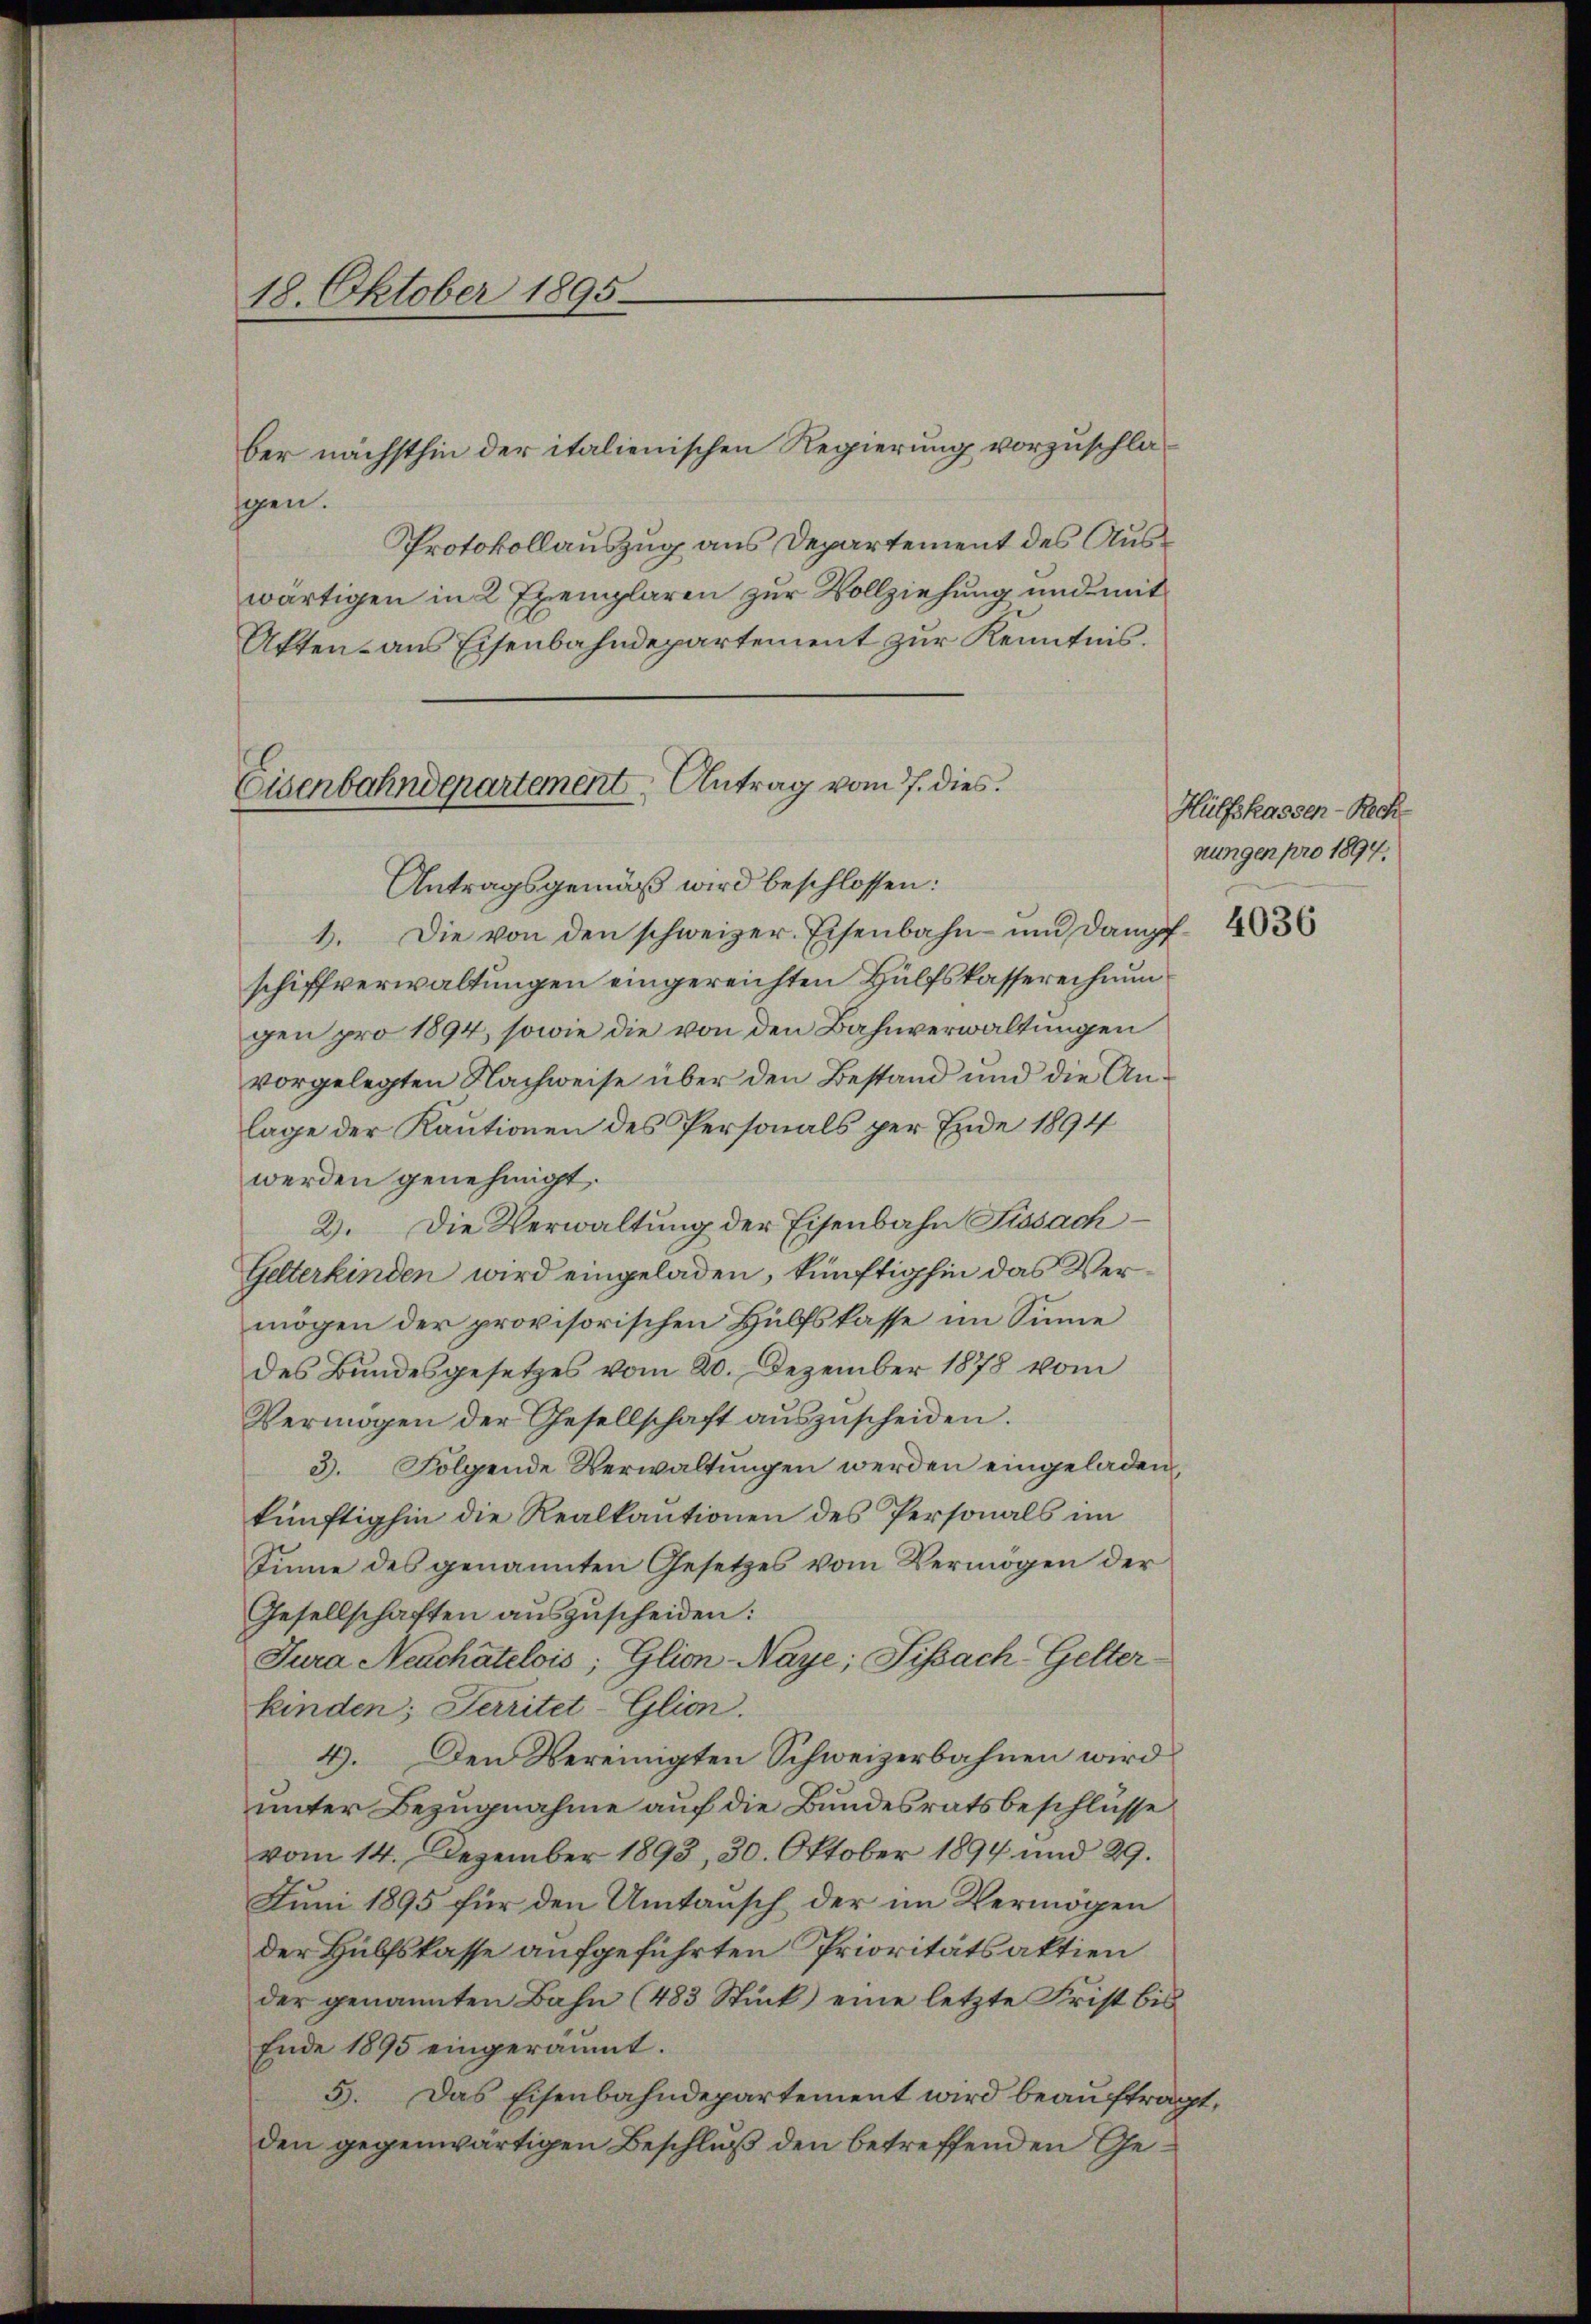
18. Oktober 1895

Eisenbahndepartement Antrag vom 7. dies

ber nächsthin der italienischen Regierung vorzuschläsgen.
Protokollauszug aus Departement des Auswärtigen in 2 Exemplaren zur Vollziehung und mit
Akten aus Eisenbahndepartement zur Kenntnis.
Antragsgemäß wird beschlossen:
1. Die von den schweizer. Eisenbahn um Dampf 36
schiffverwaltungen eingereichten Hülfskassereichnun
gen pro 1894, sowie die von den Bahnverwaltungen
vorgelegten Nachweise über den Bestand und die Anlage der Kautionen des Personals per Ende 1894
werden genehmigt.
2. Die Verwaltung der Eisenbahn Sissach
Gelterkinden wird eingeladen, künftighin das Vermögen der provisorischen Hülfskasse im Sinne
des Bundesgesetzes vom 20. Dezember 1878 vom
Vermögen der Gesellschaft auszuscheiden.
3. Folgende Verwaltungen werden eingeladen,
künftighin die Realkautionen des Personals im
tinne des genannten Gesetzes vom Vermögen der
Gesellschaften auszuscheiden:
Jura Neuchâtelois, Glion-Naye; Fifach Gelter
kinden; Territet-Glion.
4. Den Vereinigten Schweizerbahnen wird
unter Bezugnahme auf die Bundesratsbeschlüsse
vom 14. Dezember 1893, 30. Oktober 1894 und 29.
Juni 1895 für den Umtansch der im Vermögen
der Hülfskasse aufgeführten Prioritätsaktien
der genannten Bahn (483 Stück eine letzte Frist bis
Ende 1895 eingeräumt.
5. Das Eisenbahndepartement wird beauftrag
den gegenwärtigen Beschluß den betreffenden Ge¬

Hülfskassen-Rech
nungen pro 1894.

1